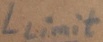
Text: Llimit